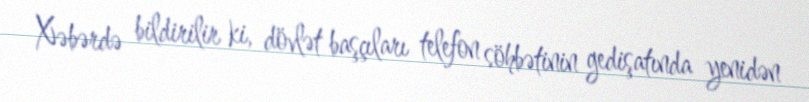
Xəbərdə bildirilir ki, dövlət başçıları telefon söhbətinin gedişatında yenidən